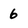
Character: 6